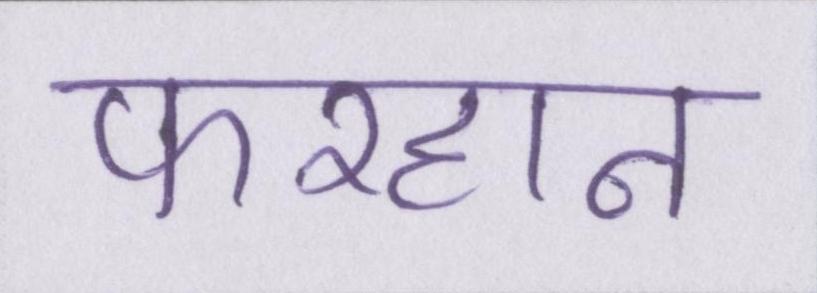
फरहान